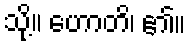
သို့။ ဟောတိ၊ ၏။